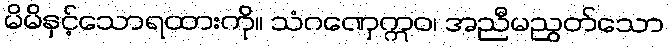
မိမိနှင့်သောရထားကို။ သံဂဏှေဣဝ၊ အညီမညွတ်သော